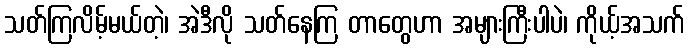
သတ်ကြလိမ့်မယ်တဲ့၊ အဲဒီလို သတ်နေကြ တာတွေဟာ အများကြီးပါပဲ၊ ကိုယ့်အသက်